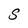
Character: S